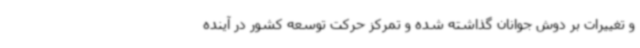
و تغییرات بر دوش جوانان گذاشته شده و تمرکز حرکت توسعه کشور در آینده